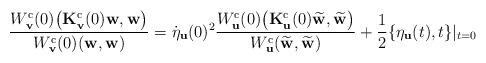
LaTeX: \begin{align*}\frac{W_{\bf v}^{\rm c}(0)\bigl({\bf K}_{\bf v}^{\rm c}(0){\bf w},{\bf w}\bigr)}{W_{\bf v}^{\rm c}(0)({\bf w},{\bf w})} = \dot{\eta}_{\bf u}(0)^2 \frac{W_{\bf u}^{\rm c}(0)\bigl({\bf K}_{\bf u}^{\rm c}(0)\widetilde{\bf w},\widetilde{\bf w}\bigr)}{W_{\bf u}^{\rm c}(\widetilde{\bf w},\widetilde{\bf w})}+\frac{1}{2}\{\eta_{\bf u}(t),t\}|_{t=0}\end{align*}